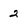
Character: 2